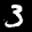
Label: 3